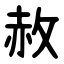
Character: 赦